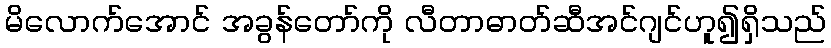
မိလောက်အောင် အခွန်တော်ကို လီတာဓာတ်ဆီအင်ဂျင်ဟူ၍ရှိသည်